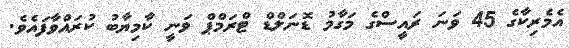
އެމެރިކާގެ 45 ވަނަ ރައީސްގެ މަގާމު ޑޮނަލްޑް ޓްރަމްޕް ވަނީ ކާމިޔާބު ކުރައްވާފައެވެ.